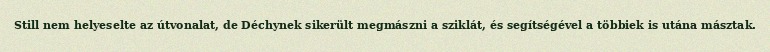
Still nem helyeselte az útvonalat, de Déchynek sikerült megmászni a sziklát, és segítségével a többiek is utána másztak.